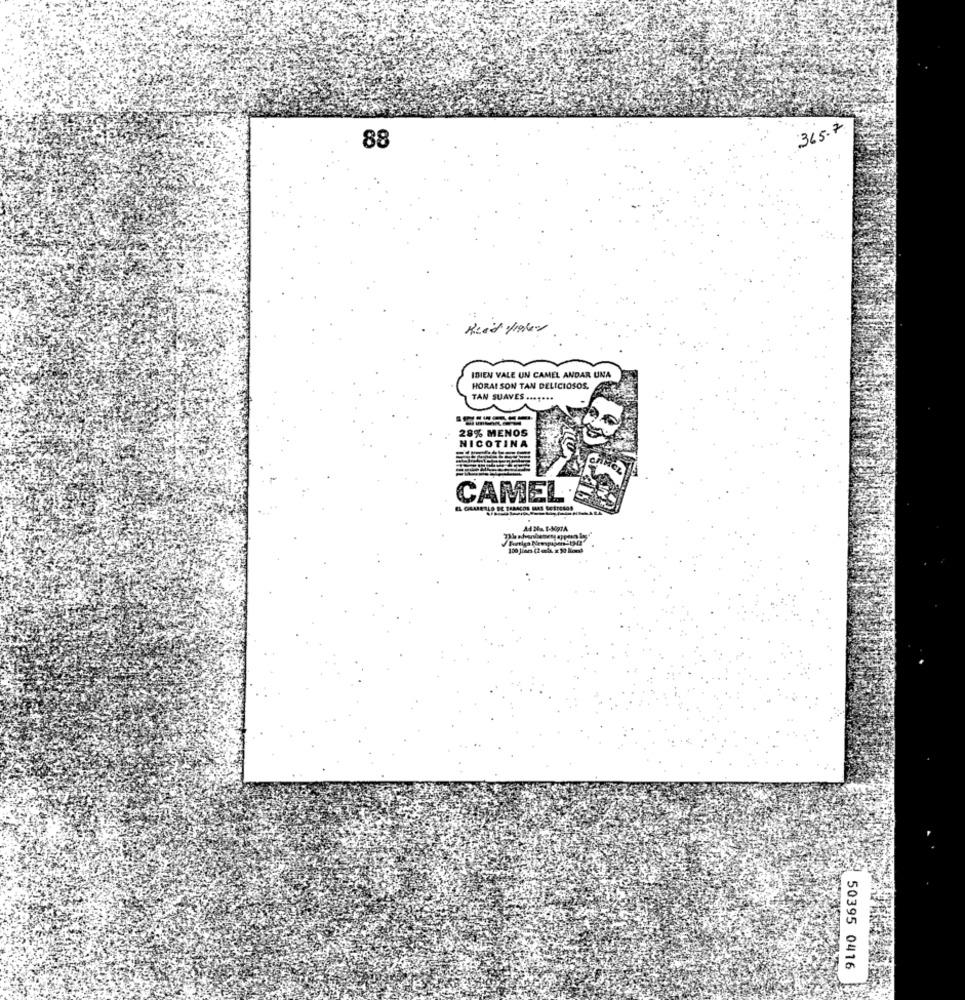
365.7
88
IBIEN VALE UN CAMEL ANDAR UNA
HORAI SON TAN DELICIOSOS.
TAN SUAVES ...
28% MENOS
NICOTINA
CAMEL.
Ad Ma 1-30gJA
50395 0416